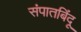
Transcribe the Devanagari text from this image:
संपातबिंदू